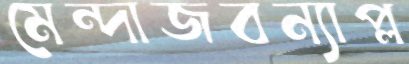
মেন্দাজবন্যাপ্ল